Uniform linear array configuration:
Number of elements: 32
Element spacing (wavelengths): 0.5
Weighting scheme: blackman
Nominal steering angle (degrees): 30
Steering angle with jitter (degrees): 30.447
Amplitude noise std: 0.05
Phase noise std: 0.05

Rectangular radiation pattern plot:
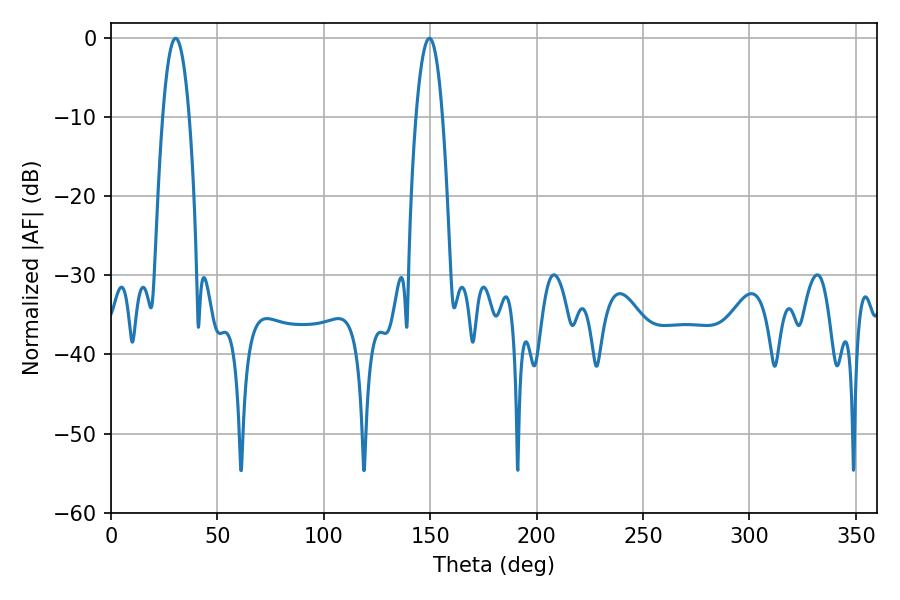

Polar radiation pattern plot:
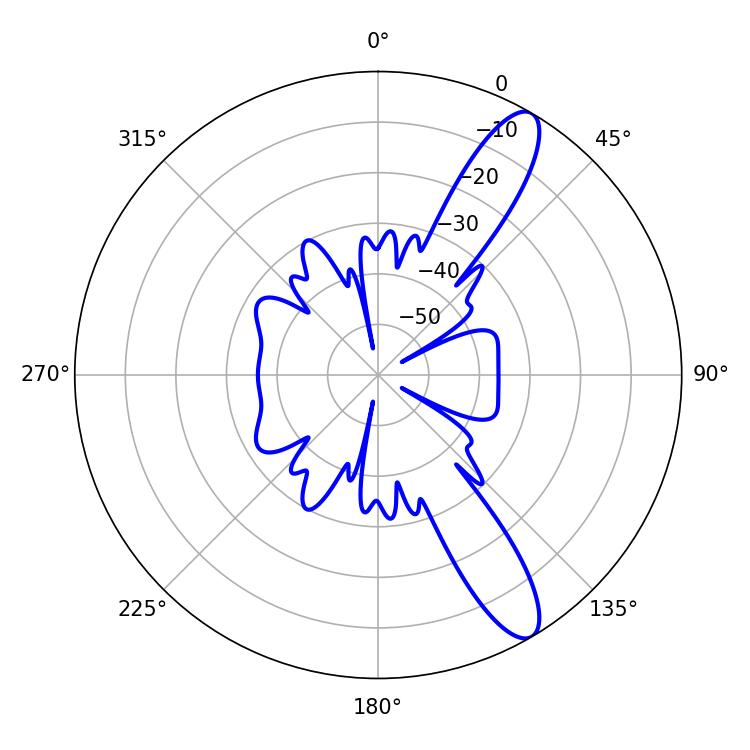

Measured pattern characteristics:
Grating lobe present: FALSE
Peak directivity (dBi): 11.859
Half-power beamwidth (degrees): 6.84
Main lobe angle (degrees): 30.42